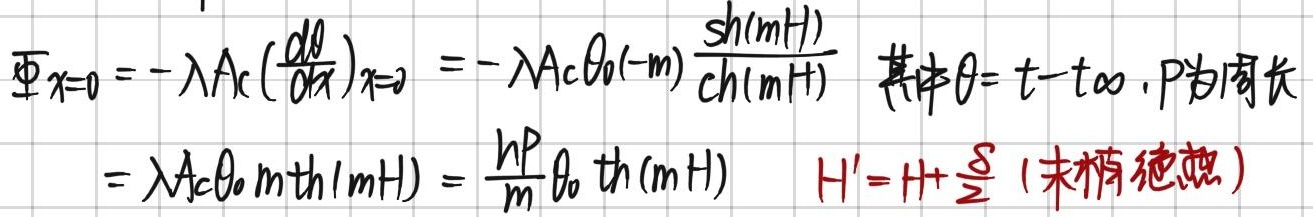
\[\begin{align*}
\varPsi_{x = 0}&=-\lambda A_c\left(\frac{\partial\theta}{\partial x}\right)_{x = 0}=-\lambda A_c\theta_0(-m)\frac{\sinh(mH)}{\cosh(mH)}\\
&=\lambda A_c\theta_0m\tanh(mH)=\frac{hP}{m}\theta_0\tanh(mH)
\end{align*}\]
其中 \(\theta=t - t_{\infty}\)，\(P\) 为周长，\(H'=H+\frac{\delta}{2}\)（末梢绝热）